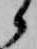
候